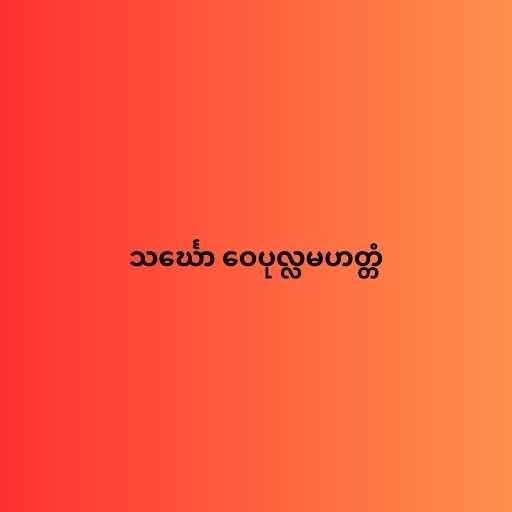
သင်္ဃော ဝေပုလ္လမဟတ္တံ